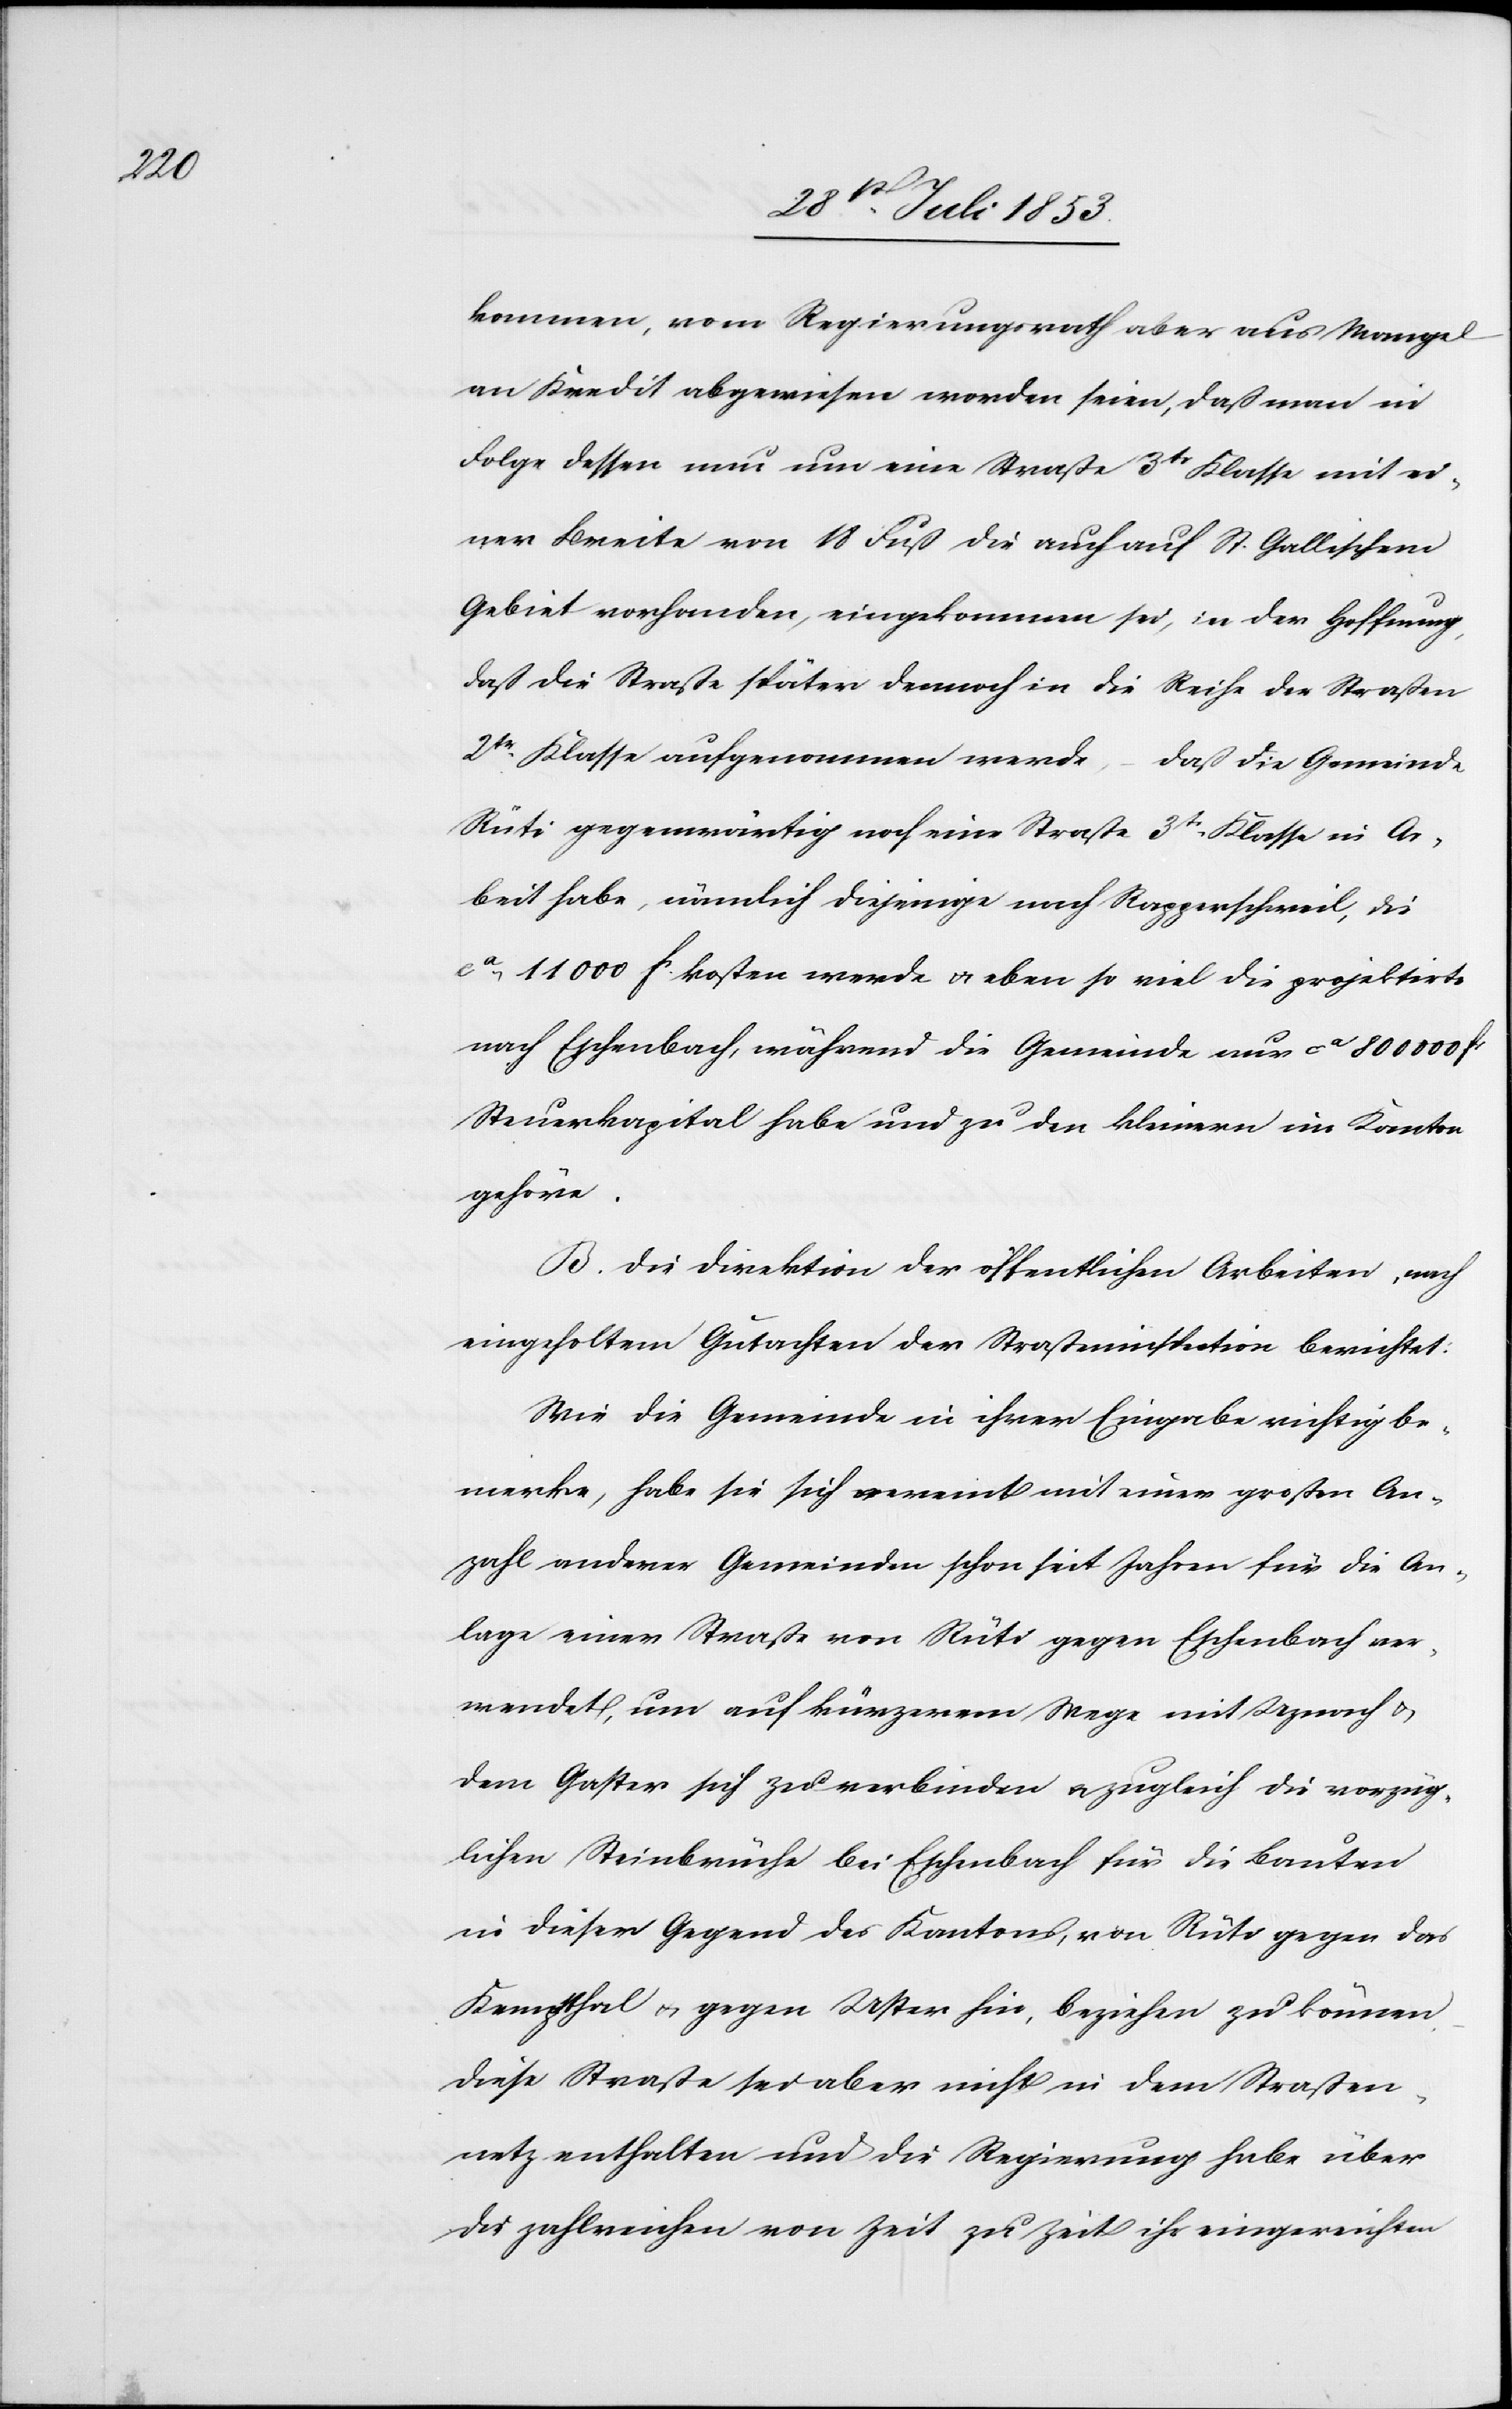
kommen, vom Regierungsrath aber aus Mangel
an Kredit abgewiesen worden seien, daß man in
Folge dessen nun um eine Straße 3tr Klasse mit ei¬
ner Breite von 18 Fuß die auch auf St. Gallischem
Gebiet vorhanden, eingekommen sei, in der Hoffnung,
daß die Straße später dennoch in die Reihe der Straßen
2tr Klasse aufgenommen werde, – daß die Gemeinde
Rüti gegenwärtig noch eine Straße 3tr Klasse in Ar¬
beit habe, nämlich diejenige nach Rappertschweil, die
ca 11 000 fc kosten werde u. eben so viel die projektirte
nach Eschenbach, während die Gemeinde nur ca 800 000 fc
Steuerkapital habe und zu den kleinern im Kanton
gehöre.
B. Die Direktion der öffentlichen Arbeiten, nach
eingeholtem Gutachten der Straßeninspection berichtet:
Wie die Gemeinde in ihrer Eingabe richtig be¬
merke, habe sie sich vereint mit einer großen An¬
zahl anderer Gemieinden schon seit Jahren für die An¬
lage einer Straße von Rüti gegen Eschenbach ver¬
wendet, um auf kürzerem Wege mit Uznach u.
dem Gaster sich zu verbinden u. zugleich die vorzüg¬
lichen Steinbrüche bei Eschenbach für die Bauten
in dieser Gegend des Kantons, von Rüti gegen das
Kempthal u. gegen Uster hin, beziehen zu können.
Diese Straße sei aber nicht in dem Straßen¬
netz enthalten und die Regierung habe über
die zahlreichen von Zeit zu Zeit ihr eingereichten